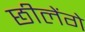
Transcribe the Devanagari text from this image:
छीलेंगे